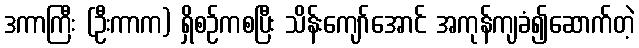
ဒကာကြီး (ဦးကာက) ရှိစဉ်ကစပြီး သိန်းကျော်အောင် အကုန်ကျခံ၍ဆောက်တဲ့